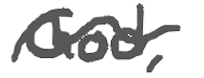
Text: God,
Cross-out: wave
Writing tool: digital_gray